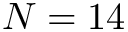
N = 1 4